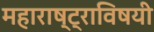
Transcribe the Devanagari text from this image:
महाराष्ट्राविषयी